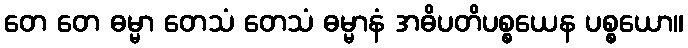
တေ တေ ဓမ္မာ တေသံ တေသံ ဓမ္မာနံ အဓိပတိပစ္စယေန ပစ္စယော။